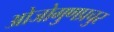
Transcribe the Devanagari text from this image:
ओजोगुणप्रचुर